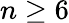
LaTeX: n\ge 6